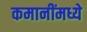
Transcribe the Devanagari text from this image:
कमानींमध्ये